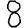
Digit: 8